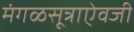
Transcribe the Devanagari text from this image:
मंगळसूत्राऐवजी